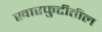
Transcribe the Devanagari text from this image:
खारफुटीतील